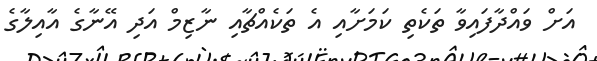
އަށް ވައްދާފައިވާ ތަކެތި ކަމަށާއި އެ ތަކެއްޗާއި ނާޒިމް އަދި އޭނާގެ އާއިލާގެ